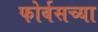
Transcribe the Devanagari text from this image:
फोर्बसच्या